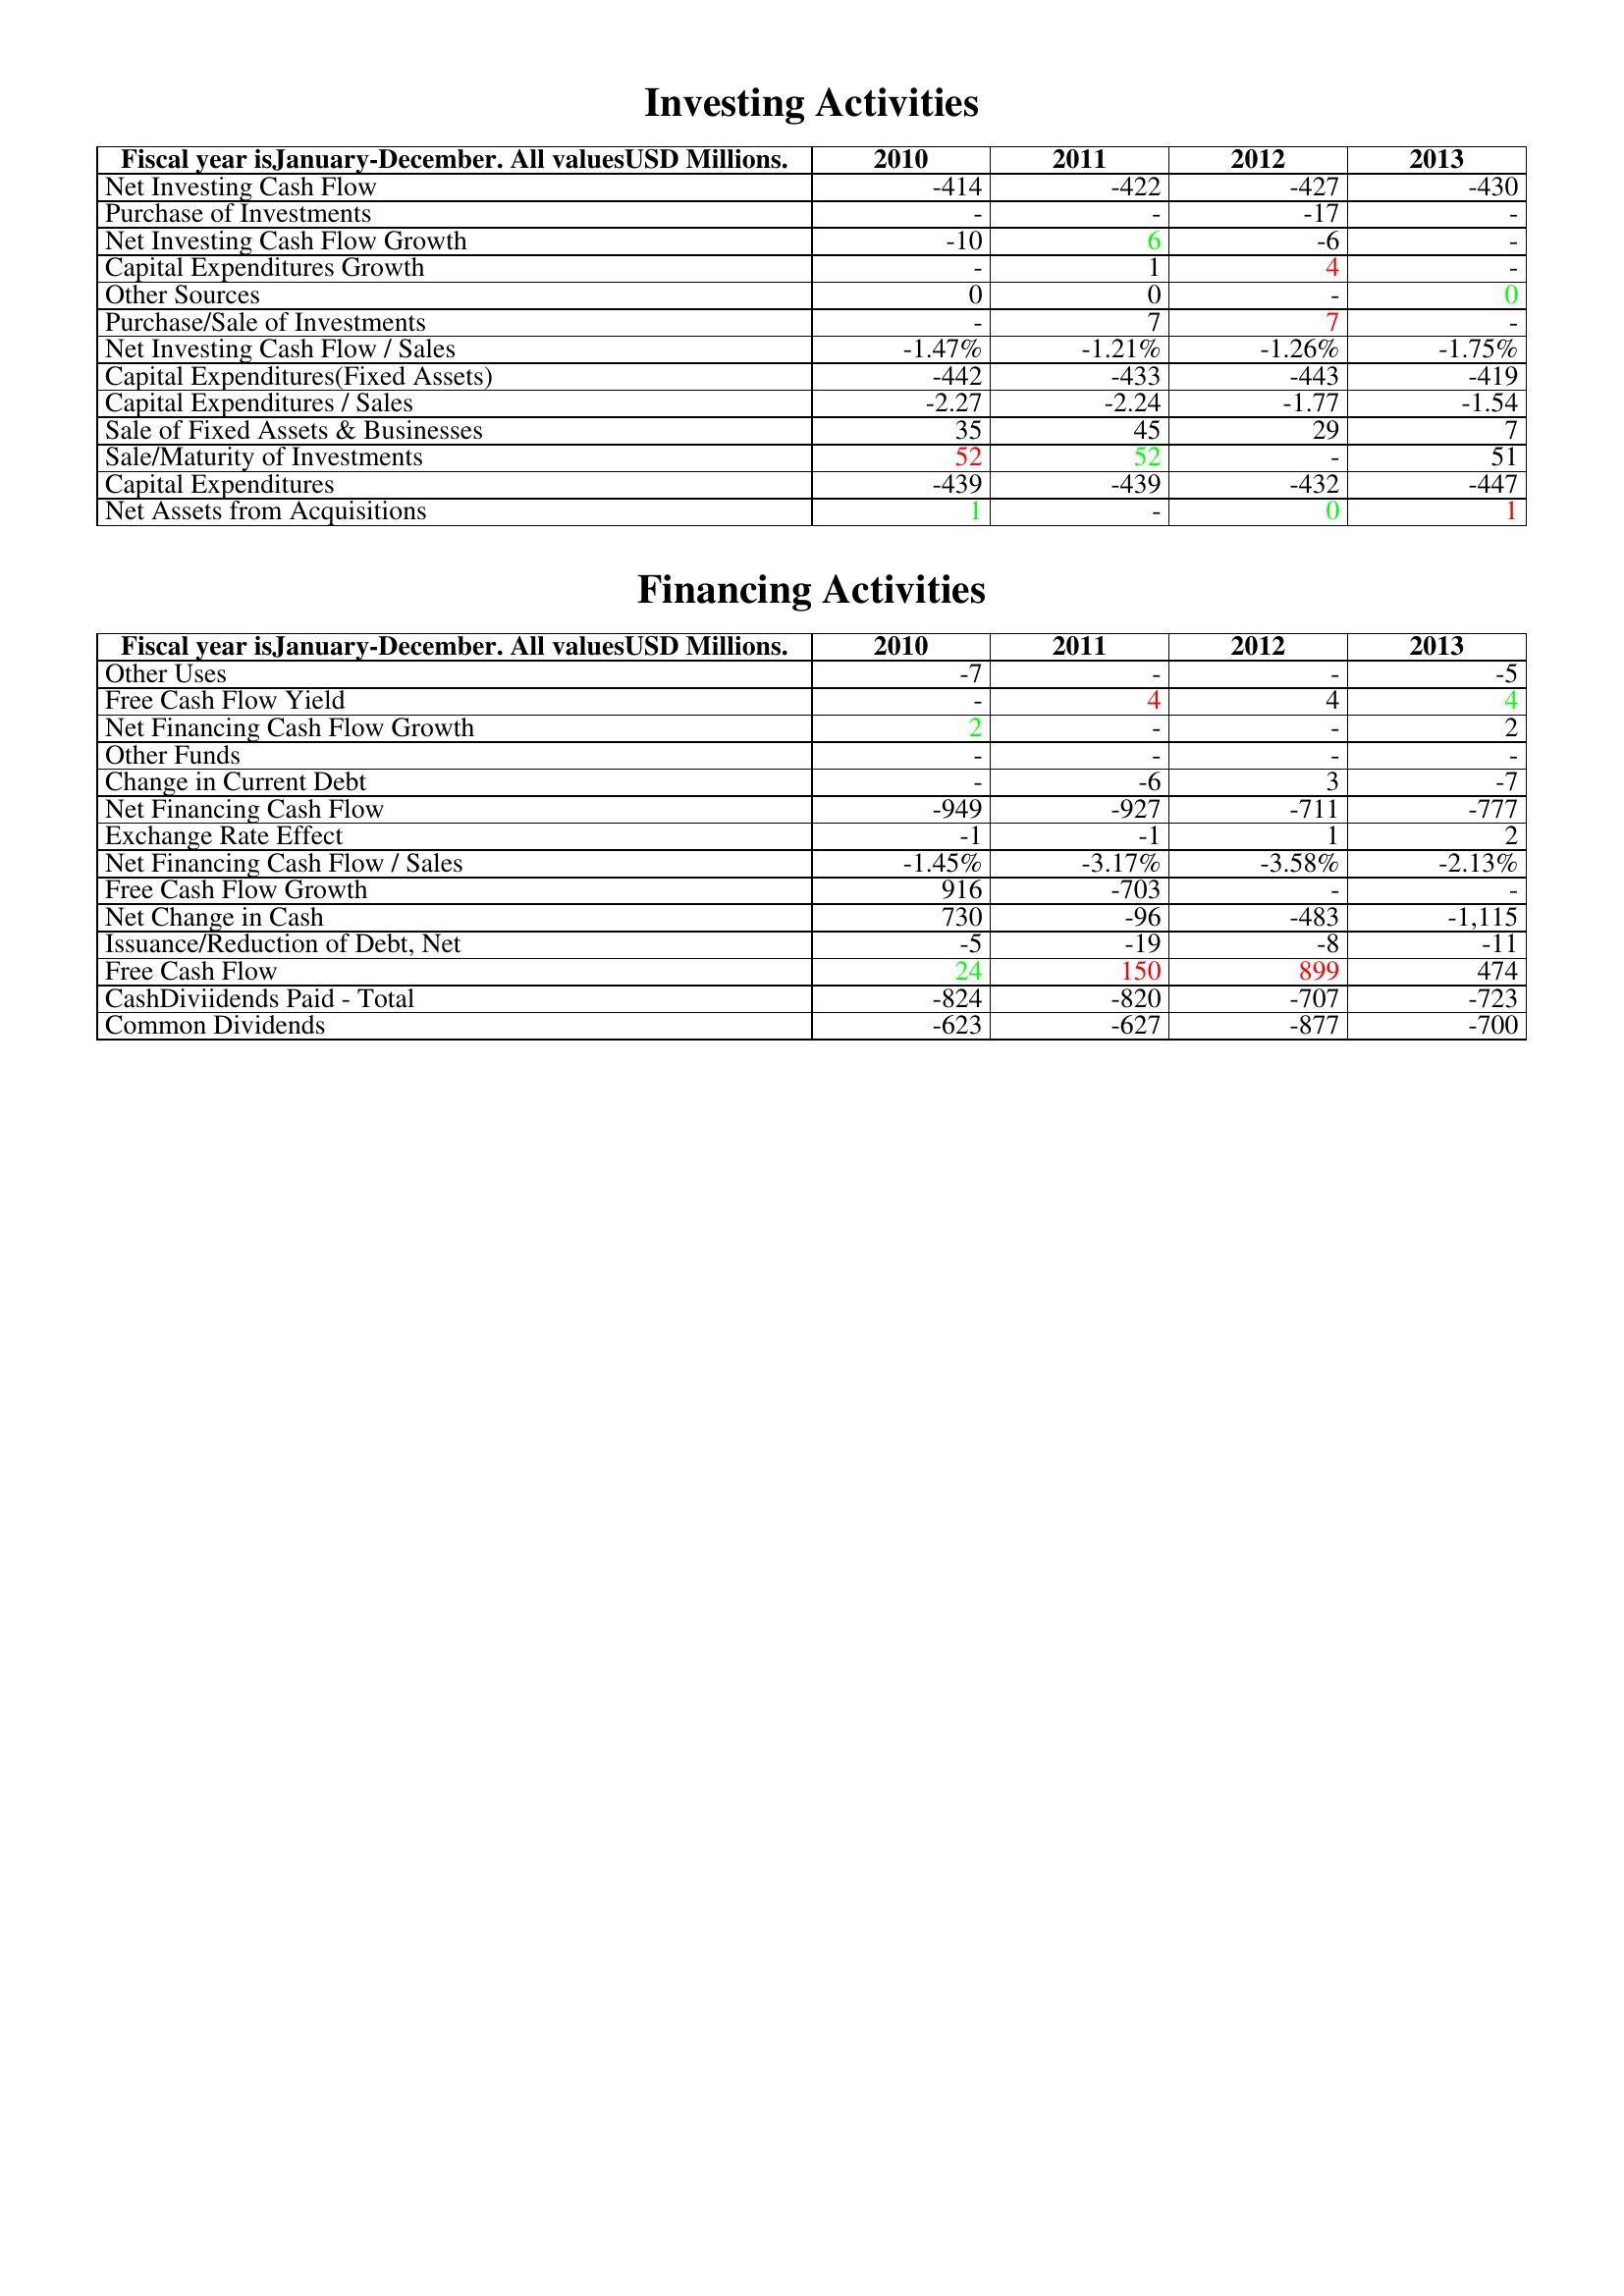
gt_parse: 2010: Investing Activities: Net Investing Cash Flow: -414
Purchase of Investments: -
Net Investing Cash Flow Growth: -10
Capital Expenditures Growth: -
Other Sources: 0
Purchase/Sale of Investments: -
Net Investing Cash Flow / Sales: -1.47%
Capital Expenditures(Fixed Assets): -442
Capital Expenditures / Sales: -2.27
Sale of Fixed Assets & Businesses: 35
Sale/Maturity of Investments: 52
Capital Expenditures: -439
Net Assets from Acquisitions: 1
Financing Activities: Other Uses: -7
Free Cash Flow Yield: -
Net Financing Cash Flow Growth: 2
Other Funds: -
Change in Current Debt: -
Net Financing Cash Flow: -949
Exchange Rate Effect: -1
Net Financing Cash Flow / Sales: -1.45%
Free Cash Flow Growth: 916
Net Change in Cash: 730
Issuance/Reduction of Debt, Net: -5
Free Cash Flow: 24
CashDiviidends Paid - Total: -824
Common Dividends: -623
2011: Investing Activities: Net Investing Cash Flow: -422
Purchase of Investments: -
Net Investing Cash Flow Growth: 6
Capital Expenditures Growth: 1
Other Sources: 0
Purchase/Sale of Investments: 7
Net Investing Cash Flow / Sales: -1.21%
Capital Expenditures(Fixed Assets): -433
Capital Expenditures / Sales: -2.24
Sale of Fixed Assets & Businesses: 45
Sale/Maturity of Investments: 52
Capital Expenditures: -439
Net Assets from Acquisitions: -
Financing Activities: Other Uses: -
Free Cash Flow Yield: 4
Net Financing Cash Flow Growth: -
Other Funds: -
Change in Current Debt: -6
Net Financing Cash Flow: -927
Exchange Rate Effect: -1
Net Financing Cash Flow / Sales: -3.17%
Free Cash Flow Growth: -703
Net Change in Cash: -96
Issuance/Reduction of Debt, Net: -19
Free Cash Flow: 150
CashDiviidends Paid - Total: -820
Common Dividends: -627
2012: Investing Activities: Net Investing Cash Flow: -427
Purchase of Investments: -17
Net Investing Cash Flow Growth: -6
Capital Expenditures Growth: 4
Other Sources: -
Purchase/Sale of Investments: 7
Net Investing Cash Flow / Sales: -1.26%
Capital Expenditures(Fixed Assets): -443
Capital Expenditures / Sales: -1.77
Sale of Fixed Assets & Businesses: 29
Sale/Maturity of Investments: -
Capital Expenditures: -432
Net Assets from Acquisitions: 0
Financing Activities: Other Uses: -
Free Cash Flow Yield: 4
Net Financing Cash Flow Growth: -
Other Funds: -
Change in Current Debt: 3
Net Financing Cash Flow: -711
Exchange Rate Effect: 1
Net Financing Cash Flow / Sales: -3.58%
Free Cash Flow Growth: -
Net Change in Cash: -483
Issuance/Reduction of Debt, Net: -8
Free Cash Flow: 899
CashDiviidends Paid - Total: -707
Common Dividends: -877
2013: Investing Activities: Net Investing Cash Flow: -430
Purchase of Investments: -
Net Investing Cash Flow Growth: -
Capital Expenditures Growth: -
Other Sources: 0
Purchase/Sale of Investments: -
Net Investing Cash Flow / Sales: -1.75%
Capital Expenditures(Fixed Assets): -419
Capital Expenditures / Sales: -1.54
Sale of Fixed Assets & Businesses: 7
Sale/Maturity of Investments: 51
Capital Expenditures: -447
Net Assets from Acquisitions: 1
Financing Activities: Other Uses: -5
Free Cash Flow Yield: 4
Net Financing Cash Flow Growth: 2
Other Funds: -
Change in Current Debt: -7
Net Financing Cash Flow: -777
Exchange Rate Effect: 2
Net Financing Cash Flow / Sales: -2.13%
Free Cash Flow Growth: -
Net Change in Cash: -1,115
Issuance/Reduction of Debt, Net: -11
Free Cash Flow: 474
CashDiviidends Paid - Total: -723
Common Dividends: -700